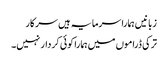
زبانیں ہمارا سرمایہ ہیں سرکار
ترکی ڈراموں میں ہمارا کوئی کردار نہیں۔